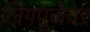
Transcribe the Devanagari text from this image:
लिंगपूजेवर